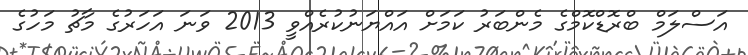
އަސްލަމް ބްރޮޑްކޮމްގެ މެންބަރު ކަމަށް އައްޔަނުކުރެއްވީ 2013 ވަނަ އަހަރުގެ މާޗު މަހުގެ